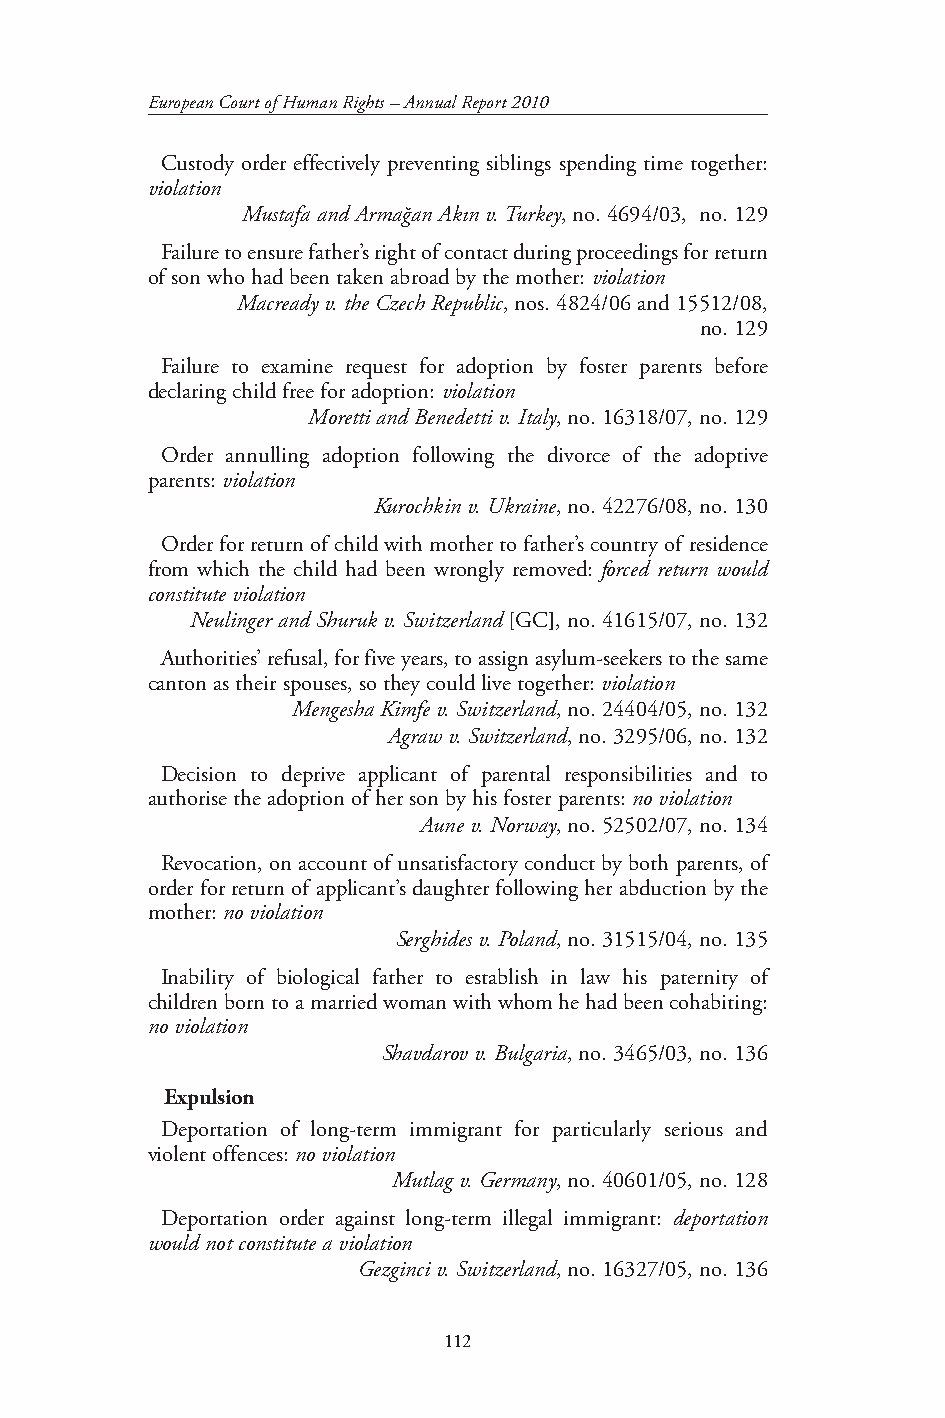
European Court of Human Rights – Annual Report 2010
 Custody order effectively preventing siblings spending time together:
 violation
 Mustafa and Armağan Akın v. Turkey, no. 4694/03, no. 129
 Failure to ensure father’s right of contact during proceedings for return
 of son who had been taken abroad by the mother: violation
 Macready v. the Czech Republic, nos. 4824/06 and 15512/08,
 no. 129
 Failure to examine request for adoption by foster parents before
 declaring child free for adoption: violation
 Moretti and Benedetti v. Italy, no. 16318/07, no. 129
 Order annulling adoption following the divorce of the adoptive
 parents: violation
 Kurochkin v. Ukraine, no. 42276/08, no. 130
 Order for return of child with mother to father’s country of residence
 from which the child had been wrongly removed: forced return would
 constitute violation
 Neulinger and Shuruk v. Switzerland [GC], no. 41615/07, no. 132
 Authorities’ refusal, for five years, to assign asylum-seekers to the same
 canton as their spouses, so they could live together: violation
 Mengesha Kimfe v. Switzerland, no. 24404/05, no. 132
 Agraw v. Switzerland, no. 3295/06, no. 132
 Decision to deprive applicant of parental responsibilities and to
 authorise the adoption of her son by his foster parents: no violation
 Aune v. Norway, no. 52502/07, no. 134
 Revocation, on account of unsatisfactory conduct by both parents, of
 order for return of applicant’s daughter following her abduction by the
 mother: no violation
 Serghides v. Poland, no. 31515/04, no. 135
 Inability of biological father to establish in law his paternity of
 children born to a married woman with whom he had been cohabiting:
 no violation
 Shavdarov v. Bulgaria, no. 3465/03, no. 136
 Expulsion
 Deportation of long-term immigrant for particularly serious and
 violent offences: no violation
 Mutlag v. Germany, no. 40601/05, no. 128
 Deportation order against long-term illegal immigrant: deportation
 would not constitute a violation
 Gezginci v. Switzerland, no. 16327/05, no. 136
 112